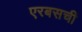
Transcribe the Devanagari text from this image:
एरबसची